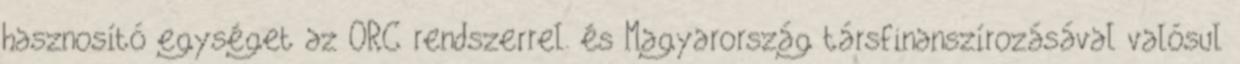
hasznosító egységet az ORC rendszerrel. és Magyarország társfinanszírozásával valósul